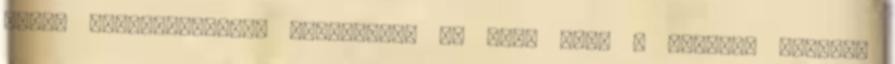
MESE. Hozzászóláshoz jelentkezz be Lesz cikk a special teamről